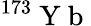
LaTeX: ^{173}\mathrm{~Y~b~}